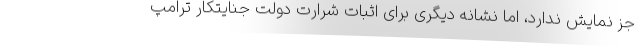
جز نمایش ندارد، اما نشانه دیگری برای اثبات شرارت دولت جنایتکار ترامپ